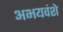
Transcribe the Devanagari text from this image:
अभयवंशे